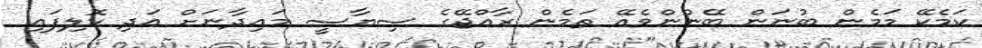
ކަމެކޭ މަމެން ބުނަން ބޭނުންވެއޭ ތަމެން ރާއްޖޭގެ ސިޔާސީ މައިދާނަށް އަދި ކޮލިފައި